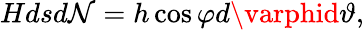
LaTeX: Hdsd\mathcal{N}=h\cos{\varphi}d\varphid\vartheta,